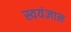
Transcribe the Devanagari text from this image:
स्वयंज्ञान